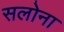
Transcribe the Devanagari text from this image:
सलोना